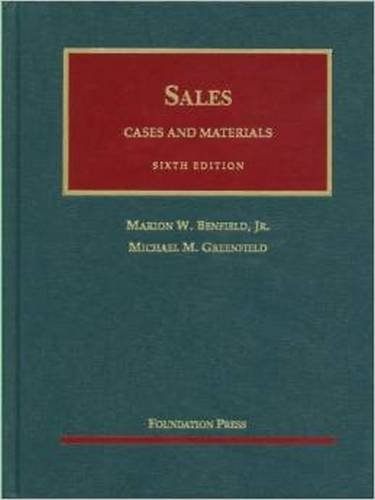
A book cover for Sales: Cases and Materials, 6th Edition (University Casebook); Marion W. Benfield Jr.; Law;